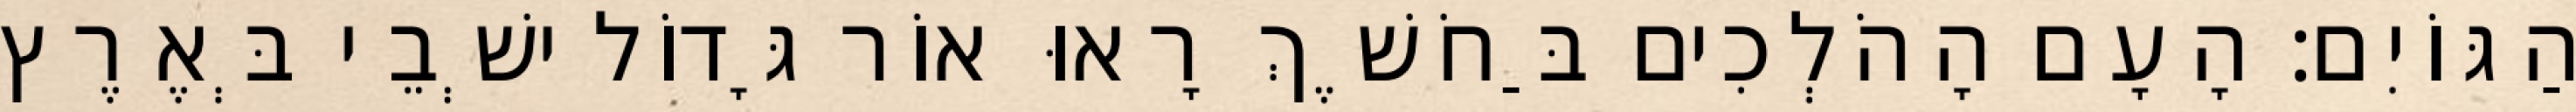
הַגּוֹיִם׃ הָעָם הָהֹלְכִים בַּחֹשֶׁךְ רָאוּ אוֹר גָּדוֹל ישְׁבֵי בְּאֶרֶץ